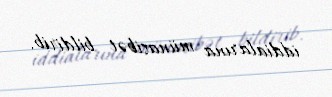
iddialarına münasibət bildirib.